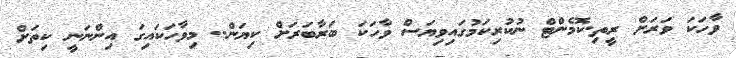
ވާހަކަ ވަރަށް ރީތި.ކޮމެންޓް ނުކުރިކަމުގައިވިޔަސް ވާހަކަ ބަރާބަރަށް ކިޔަން.. މިވާހަކައިގަ އިންނަނީ ކިތަށް